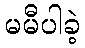
မမီပါခဲ့